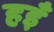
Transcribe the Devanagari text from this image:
हइँ